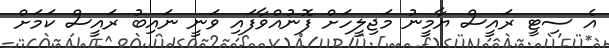
އެ ސިޓީ ރައީސް ޔާމީނު މަޖިލީހަށް ފޮނުއްވާފައި ވަނީ ނައިބު ރައީސް ކަމަށް